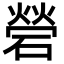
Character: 䃕